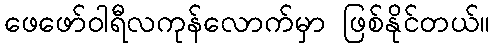
ဖေဖော်ဝါရီလကုန်လောက်မှာ ဖြစ်နိုင်တယ်။